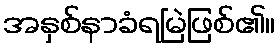
အနှစ်နာခံရမြဲဖြစ်၏။